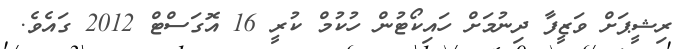
ރިޝީޕަށް ވަޒީފާ ދިނުމަށް ހައިކޯޓުން ހުކުމް ކުރީ 16 އޮގަސްޓް 2012 ގައެވެ.